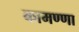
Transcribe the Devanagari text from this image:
कामण्णा